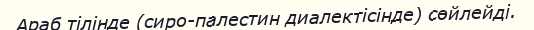
Араб тілінде (сиро-палестин диалектісінде) сөйлейді.